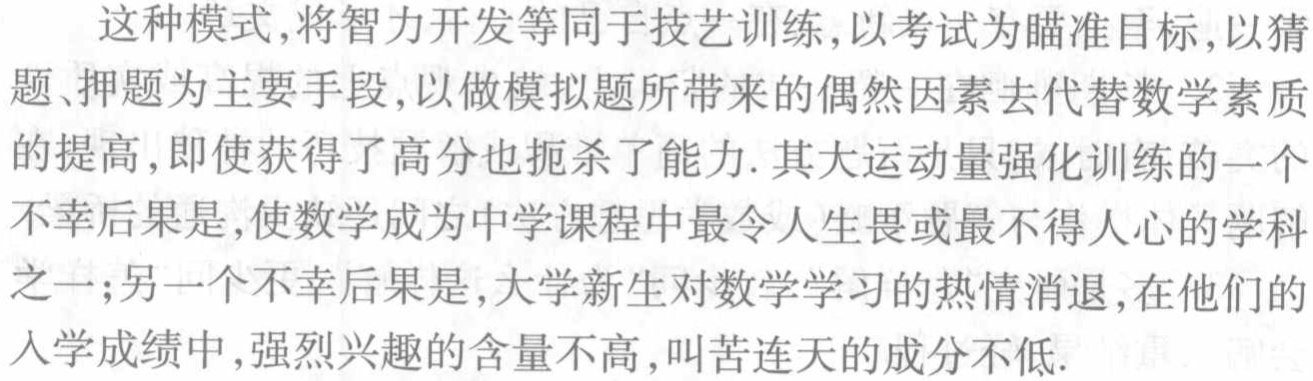
这种模式,将智力开发等同于技艺训练,以考试为瞄准目标,以猜题、押题 为主要手段,以做模拟题所带来的偶然因素去代替数学素质的提高,即使获得了高分也扼杀了能力. 其大运动量强化训练的一个不幸后果是,使数学成为中学课程中最令人生畏或最不得人心的学科之一;另一个不幸后果是,大学新生对数学学习的热情消退,在他们的入学成绩中,强烈兴趣的含量不高,叫苦连天的成分不低.